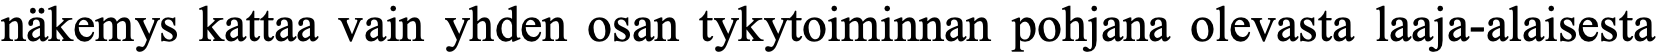
näkemys kattaa vain yhden osan tykytoiminnan pohjana olevasta laaja-alaisesta